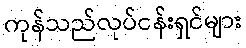
ကုန်သည်လုပ်ငန်းရှင်များ